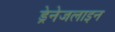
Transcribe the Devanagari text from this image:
ड्रेनेजलाइन